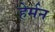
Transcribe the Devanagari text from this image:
हेर्मन